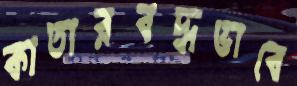
কাতারবদ্ধভাবে